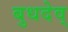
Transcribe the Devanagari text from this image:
बुधदेव्